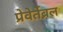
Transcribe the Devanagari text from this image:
प्रेवेर्तेब्रल